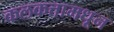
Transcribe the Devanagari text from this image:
कलकत्तामधून